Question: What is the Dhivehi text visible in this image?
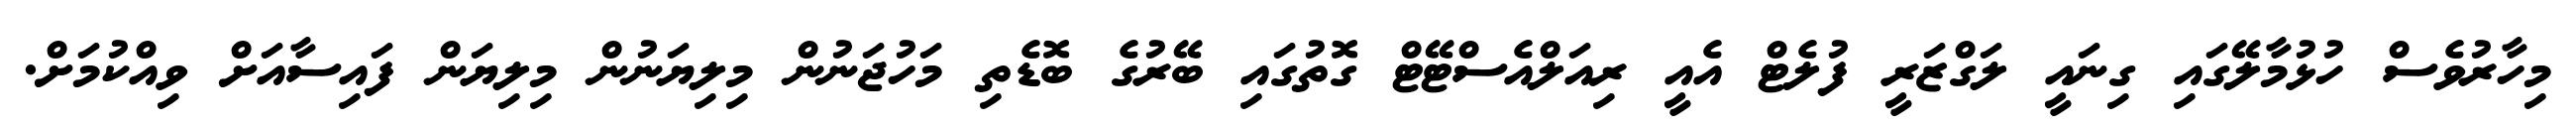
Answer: މިހާރުވެސް ހުޅުމާލޭގައި ގިނައީ ލަގްޒަރީ ފުލެޓް އެއީ ރިއަލްއެސްޓޭޓް ގޮތުގައި ބޭރުގެ ބޮޑެތި މަހުޖަނުން މިލިޔަނުން މިލިޔަން ފައިސާއަށް ވިއްކުމަށް.